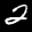
Label: 2